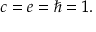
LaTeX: c = e = \hbar = 1 .